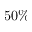
5 0 \%